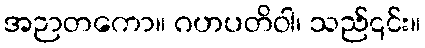
အဉာတကော။ ဂဟပတိဝါ၊ သည်၎င်း။